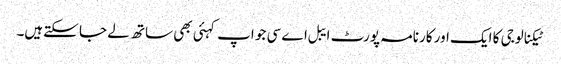
ٹیکنالوجی کا ایک اور کارنامہ پورٹ ایبل اے سی جو اپ کہئی بھی ساتھ لے جا سکتےہیں۔